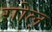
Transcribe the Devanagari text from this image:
गोल्